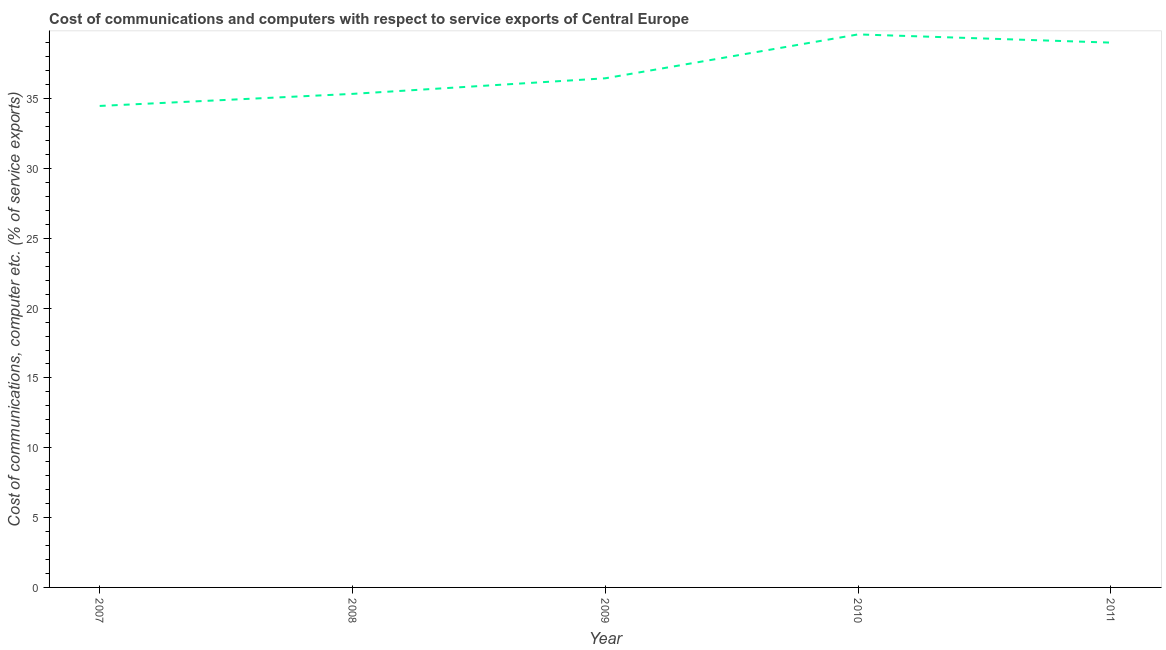
| Year | Communications |
 | --- | --- |
 | 2007 | 34.5 |
 | 2008 | 35.3 |
 | 2009 | 36.5 |
 | 2010 | 39.6 |
 | 2011 | 39 |